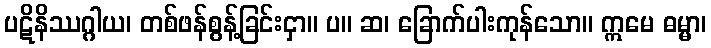
ပဋိနိဿဂ္ဂါယ၊ တစ်ဖန်စွန့်ခြင်းငှာ။ ပ။ ဆ၊ ခြောက်ပါးကုန်သော။ ဣမေ ဓမ္မာ၊